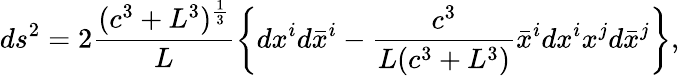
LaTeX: ds^{2}=2\frac{(c^{3}+L^{3})^{\frac 13}}L\left\{ dx^{i}d\bar{x}^{i}-\frac{c^{3}}{L(c^{3}+L^{3})}\bar{x}^{i}dx^{i}x^{j}d\bar{x}^{j}\right\} ,